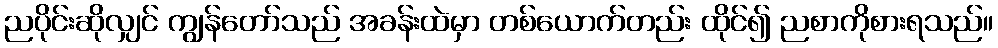
ညပိုင်းဆိုလျှင် ကျွန်တော်သည် အခန်းထဲမှာ တစ်ယောက်တည်း ထိုင်၍ ညစာကိုစားရသည်။